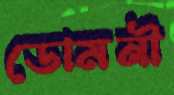
ডোমনী